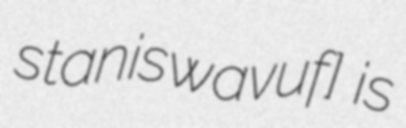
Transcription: staniˈswavuf] is